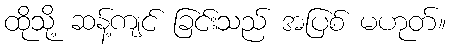
ထိုသို့ ဆန့်ကျင် ခြင်းသည် အပြစ် မဟုတ်။